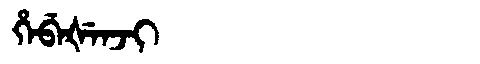
Manchu: ᡥᡝᠪᡝᡧᡝᠨᠵᡳ
Romanization: HEBEŠENJI